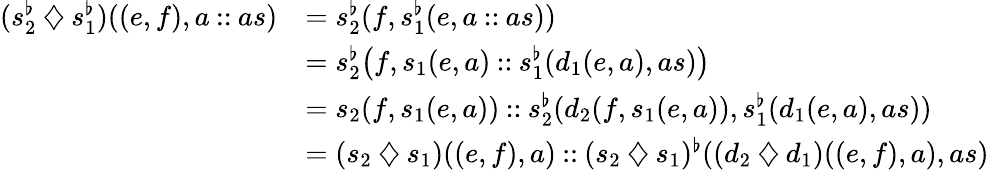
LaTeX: \begin{array}{rl}{(s_{2}^{\flat}\mathbin{\diamondsuit}s_{1}^{\flat})((e,f),a\mathbin{::}as)}&{=s_{2}^{\flat}(f,s_{1}^{\flat}(e,a\mathbin{::}as))}\\ &{=s_{2}^{\flat}\big(f,s_{1}(e,a)\mathbin{::}s_{1}^{\flat}(d_{1}(e,a),as)\big)}\\ &{=s_{2}(f,s_{1}(e,a))\mathbin{::}s_{2}^{\flat}(d_{2}(f,s_{1}(e,a)),s_{1}^{\flat}(d_{1}(e,a),as))}\\ &{=(s_{2}\mathbin{\diamondsuit}s_{1})((e,f),a)\mathbin{::}(s_{2}\mathbin{\diamondsuit}s_{1})^{\flat}((d_{2}\mathbin{\diamondsuit}d_{1})((e,f),a),as)}\end{array}